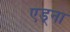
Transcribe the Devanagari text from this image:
एड्ना